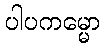
ပါပကမ္မော